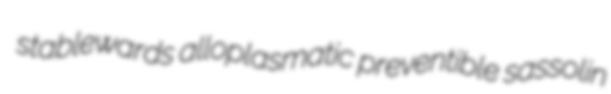
stablewards alloplasmatic preventible sassolin